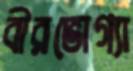
বীরভোগ্যা